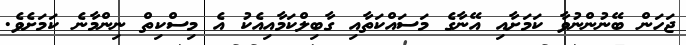
ޖަހަން ބޭނުންނުވާ ކަމަށާއި އޭނާގެ މަސައްކަތާއި ގާބިލްކަމާއިއެކު އެ މިސްކިތް ނިންމާނެ ކަމަށެވެ.